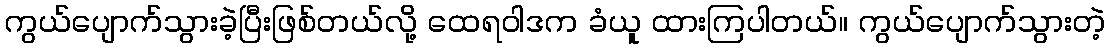
ကွယ်ပျောက်သွားခဲ့ပြီးဖြစ်တယ်လို့ ထေရဝါဒက ခံယူ ထားကြပါတယ်။ ကွယ်ပျောက်သွားတဲ့